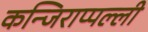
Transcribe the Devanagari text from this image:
कन्जिराप्पल्ली